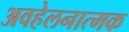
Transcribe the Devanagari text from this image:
अवहेलनात्मक